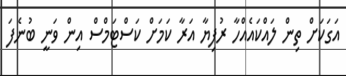
އަގަކަށް ތިން ލައްކައެއްހާ ރުފިޔާ އަރާ ކަމަށް ކަސްޓަމްސް އިން ވަނީ ބުނެފަ